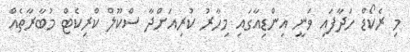
މި ރެކޯޑް ހަދާފައި ވަނީ އިންޑިއާގައި މިހާރު ކުރިއަށްދާ ސްކޫލް ކްރިކެޓް މުބާރާތެއް